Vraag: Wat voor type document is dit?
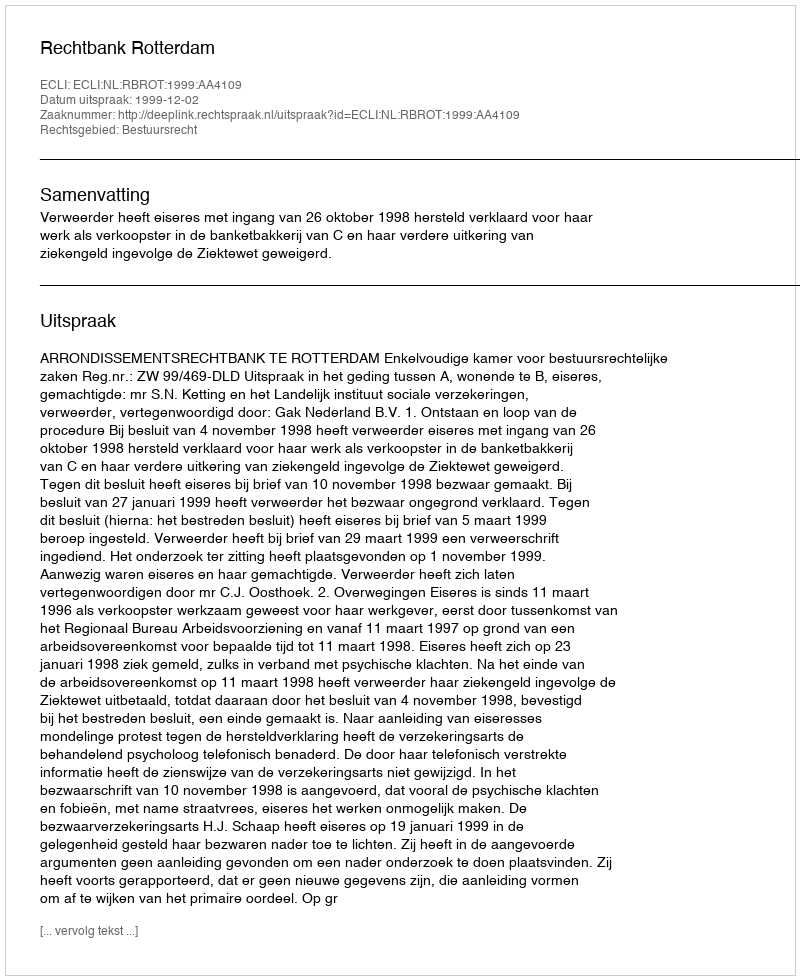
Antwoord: Uitspraak